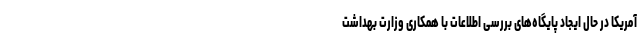
آمریکا در حال ایجاد پایگاه‌های بررسی اطلاعات با همکاری وزارت بهداشت